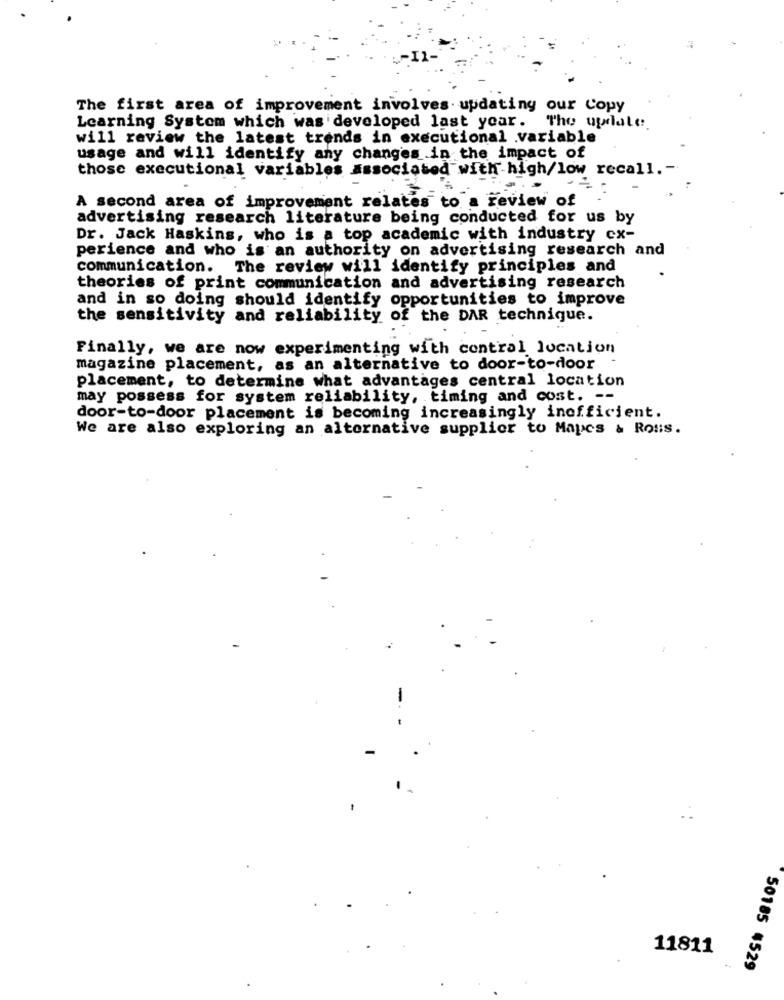
The first area of improvement involves updating our Copy
Learning System which was developed last year.
The update
will review the latest trends in executional .variable
usage and will identify any changes in the impact of
those executional variables Associated with high/low recall. -.
A second area of improvement relates to a review of
advertising research literature being conducted for us by
Dr. Jack Haskins, who is a top academic with industry cx-
perience and who is an authority on advertising research and
communication. The review will identify principles and
theories of print communication and advertising research
and in so doing should identify opportunities to improve
the sensitivity and reliability of the DAR technique.
Finally, we are now experimenting with contral location
magazine placement, as an alternative to door-to-door
placement, to determine what advantages central location
may possess for system reliability, timing and cost. --
door-to-door placement is becoming increasingly inefficient.
We are also exploring an alternative supplier to Mayes & Ross.
11811
50185 4529